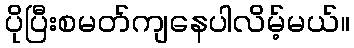
ပိုပြီးစမတ်ကျနေပါလိမ့်မယ်။